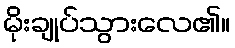
မိုးချုပ်သွားလေ၏။